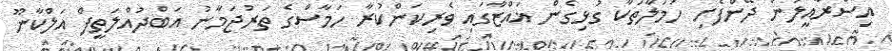
އިސްރާއީލުން ދޭންފެށި ހަމަލާތަކާ ގުޅިގެން ޣައްޒާގައި ވެރިކަންކުރާ ހަމާސްގެ ތަރުޖަމާނު އަބްދުއްލަތީފް އަލްކާނޫ